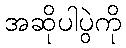
အဆိုပါပွဲကို